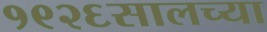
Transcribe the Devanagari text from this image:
१९२६सालच्या